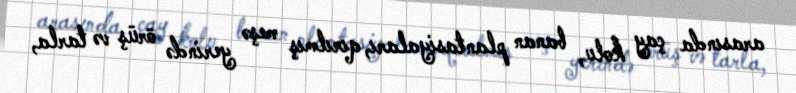
arasında çay kolu, banan plantasiyaları, qırılmış meşə yerində örüş və tarla,